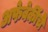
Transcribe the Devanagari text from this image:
अफेवेर्कीचे